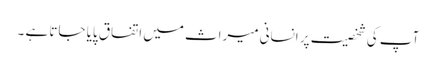
آپ کی شخصیت پر انسانی میراث میں اتفاق پایا جاتا ہے ۔